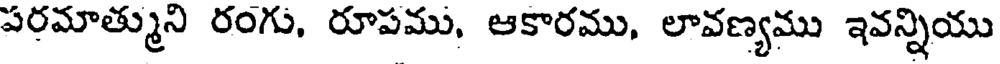
పరమాత్ముని రంగు, రూపము, ఆకారము, లావణ్యము ఇవన్నియు